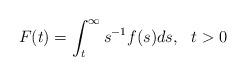
LaTeX: \begin{align*}F(t) = \int_t^\infty s^{-1}f(s) ds, \ \ t >0 \end{align*}